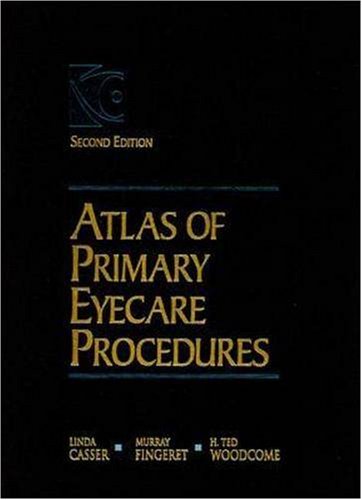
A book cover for Atlas of Primary Eyecare Procedures; Linda Casser; Medical Books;